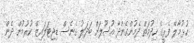
ހުޅުމާލޭ ފެރީގެ ހިދުމަތް ދެމުންގެންދާ އުސޫލަށް ބަދަލު ގެނެސް ޑިޖިޓަލައިޒް ކުރުމުން ދެން